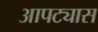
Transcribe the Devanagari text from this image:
आपट्यास